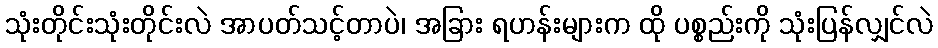
သုံးတိုင်းသုံးတိုင်းလဲ အာပတ်သင့်တာပဲ၊ အခြား ရဟန်းများက ထို ပစ္စည်းကို သုံးပြန်လျှင်လဲ